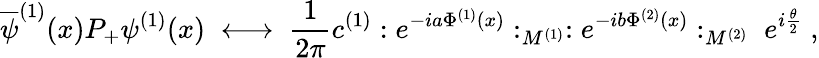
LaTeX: \overline{{{\psi}}}^{(1)}(x)P_{+}\psi^{(1)}(x)\; \longleftrightarrow\; \frac{1}{2\pi}c^{(1)}:e^{-ia\Phi^{(1)}(x)}:_{M^{(1)}}:e^{-ib\Phi^{(2)}(x)}:_{M^{(2)}}\; e^{i\frac{\theta}{2}}\; ,